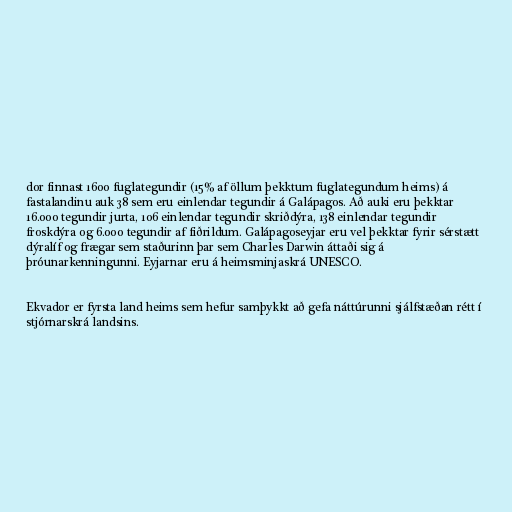
dor finnast 1600 fuglategundir (15% af öllum þekktum fuglategundum heims) á
fastalandinu auk 38 sem eru einlendar tegundir á Galápagos. Að auki eru þekktar
16.000 tegundir jurta, 106 einlendar tegundir skriðdýra, 138 einlendar tegundir
froskdýra og 6.000 tegundir af fiðrildum. Galápagoseyjar eru vel þekktar fyrir sérstætt
dýralíf og frægar sem staðurinn þar sem Charles Darwin áttaði sig á
þróunarkenningunni. Eyjarnar eru á heimsminjaskrá UNESCO.

Ekvador er fyrsta land heims sem hefur samþykkt að gefa náttúrunni sjálfstæðan rétt í
stjórnarskrá landsins.